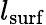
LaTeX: l_{\mathrm{surf}}